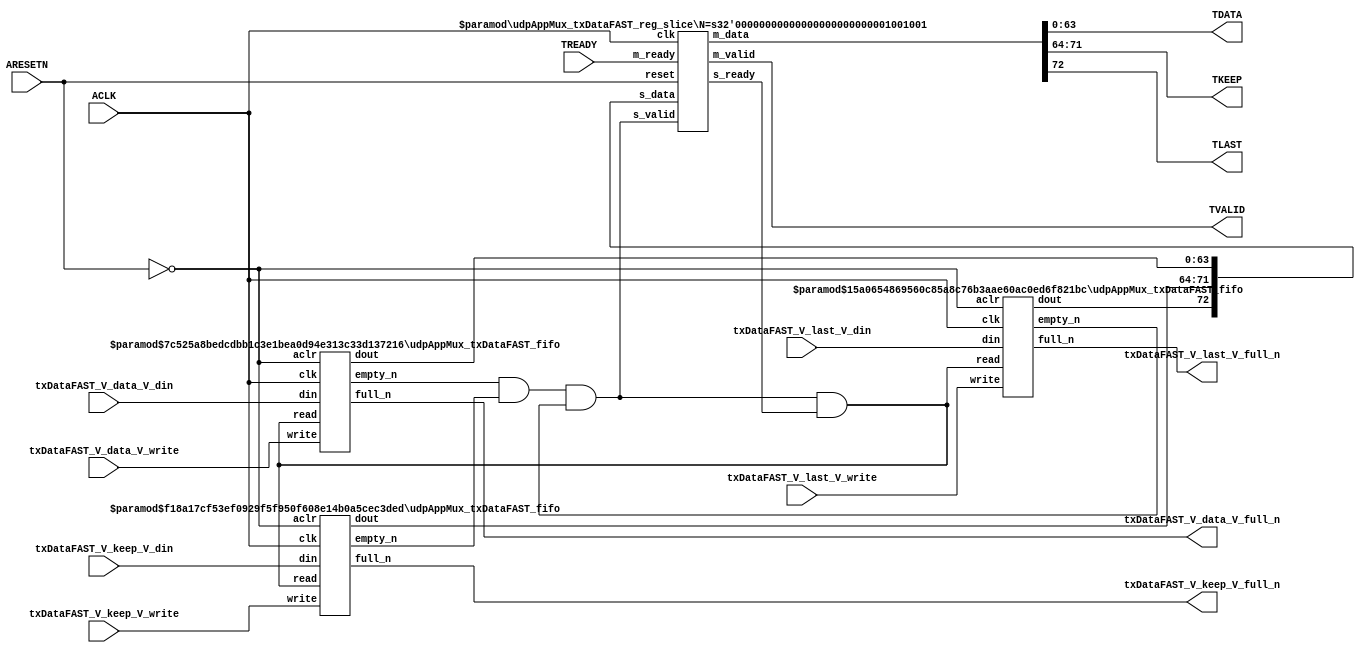
// ==============================================================
// File generated by Vivado(TM) HLS - High-Level Synthesis from C, C++ and SystemC
// Version: 2016.3
// Copyright (C) 1986-2016 Xilinx, Inc. All Rights Reserved.
// 
// ==============================================================


`timescale 1ns/1ps

module udpAppMux_txDataFAST_if (
    // AXI4-Stream singals
    input  wire        ACLK,
    input  wire        ARESETN,
    output wire        TVALID,
    input  wire        TREADY,
    output wire [63:0] TDATA,
    output wire [7:0]  TKEEP,
    output wire [0:0]  TLAST,
    // User signals
    input  wire [63:0] txDataFAST_V_data_V_din,
    output wire        txDataFAST_V_data_V_full_n,
    input  wire        txDataFAST_V_data_V_write,
    input  wire [7:0]  txDataFAST_V_keep_V_din,
    output wire        txDataFAST_V_keep_V_full_n,
    input  wire        txDataFAST_V_keep_V_write,
    input  wire [0:0]  txDataFAST_V_last_V_din,
    output wire        txDataFAST_V_last_V_full_n,
    input  wire        txDataFAST_V_last_V_write
);
//------------------------Local signal-------------------
// FIFO
wire [0:0]  fifo_read;
wire [0:0]  fifo_empty_n;
wire [63:0] txDataFAST_V_data_V_dout;
wire [0:0]  txDataFAST_V_data_V_empty_n;
wire [7:0]  txDataFAST_V_keep_V_dout;
wire [0:0]  txDataFAST_V_keep_V_empty_n;
wire [0:0]  txDataFAST_V_last_V_dout;
wire [0:0]  txDataFAST_V_last_V_empty_n;
// register slice
wire [0:0]  s_valid;
wire [0:0]  s_ready;
wire [72:0] s_data;
wire [0:0]  m_valid;
wire [0:0]  m_ready;
wire [72:0] m_data;

//------------------------Instantiation------------------
// rs
udpAppMux_txDataFAST_reg_slice #(
    .N       ( 73 )
) rs (
    .clk     ( ACLK ),
    .reset   ( ARESETN ),
    .s_data  ( s_data ),
    .s_valid ( s_valid ),
    .s_ready ( s_ready ),
    .m_data  ( m_data ),
    .m_valid ( m_valid ),
    .m_ready ( m_ready )
);

// txDataFAST_V_data_V_fifo
udpAppMux_txDataFAST_fifo #(
    .DATA_BITS  ( 64 ),
    .DEPTH_BITS ( 4 )
) txDataFAST_V_data_V_fifo (
    .clk        ( ACLK ),
    .aclr       ( ~ARESETN ),
    .empty_n    ( txDataFAST_V_data_V_empty_n ),
    .full_n     ( txDataFAST_V_data_V_full_n ),
    .read       ( fifo_read ),
    .write      ( txDataFAST_V_data_V_write ),
    .dout       ( txDataFAST_V_data_V_dout ),
    .din        ( txDataFAST_V_data_V_din )
);

// txDataFAST_V_keep_V_fifo
udpAppMux_txDataFAST_fifo #(
    .DATA_BITS  ( 8 ),
    .DEPTH_BITS ( 4 )
) txDataFAST_V_keep_V_fifo (
    .clk        ( ACLK ),
    .aclr       ( ~ARESETN ),
    .empty_n    ( txDataFAST_V_keep_V_empty_n ),
    .full_n     ( txDataFAST_V_keep_V_full_n ),
    .read       ( fifo_read ),
    .write      ( txDataFAST_V_keep_V_write ),
    .dout       ( txDataFAST_V_keep_V_dout ),
    .din        ( txDataFAST_V_keep_V_din )
);

// txDataFAST_V_last_V_fifo
udpAppMux_txDataFAST_fifo #(
    .DATA_BITS  ( 1 ),
    .DEPTH_BITS ( 4 )
) txDataFAST_V_last_V_fifo (
    .clk        ( ACLK ),
    .aclr       ( ~ARESETN ),
    .empty_n    ( txDataFAST_V_last_V_empty_n ),
    .full_n     ( txDataFAST_V_last_V_full_n ),
    .read       ( fifo_read ),
    .write      ( txDataFAST_V_last_V_write ),
    .dout       ( txDataFAST_V_last_V_dout ),
    .din        ( txDataFAST_V_last_V_din )
);

//------------------------Body---------------------------
//++++++++++++++++++++++++AXI4-Stream++++++++++++++++++++
assign TVALID = m_valid;
assign TDATA  = m_data[63:0];
assign TKEEP  = m_data[71:64];
assign TLAST  = m_data[72:72];

//+++++++++++++++++++++++++++++++++++++++++++++++++++++++

//++++++++++++++++++++++++Reigister Slice++++++++++++++++
assign s_valid = fifo_empty_n;
assign m_ready = TREADY;
assign s_data  = {txDataFAST_V_last_V_dout, txDataFAST_V_keep_V_dout, txDataFAST_V_data_V_dout};

//+++++++++++++++++++++++++++++++++++++++++++++++++++++++

//++++++++++++++++++++++++FIFO+++++++++++++++++++++++++++
assign fifo_read    = fifo_empty_n & s_ready;
assign fifo_empty_n = txDataFAST_V_data_V_empty_n & txDataFAST_V_keep_V_empty_n & txDataFAST_V_last_V_empty_n;

//+++++++++++++++++++++++++++++++++++++++++++++++++++++++

endmodule



`timescale 1ns/1ps

module udpAppMux_txDataFAST_fifo
#(parameter
    DATA_BITS  = 8,
    DEPTH_BITS = 4
)(
    input  wire                 clk,
    input  wire                 aclr,
    output wire                 empty_n,
    output wire                 full_n,
    input  wire                 read,
    input  wire                 write,
    output wire [DATA_BITS-1:0] dout,
    input  wire [DATA_BITS-1:0] din
);
//------------------------Parameter----------------------
localparam
    DEPTH = 1 << DEPTH_BITS;
//------------------------Local signal-------------------
reg                   empty;
reg                   full;
reg  [DEPTH_BITS-1:0] index;
reg  [DATA_BITS-1:0]  mem[0:DEPTH-1];
//------------------------Body---------------------------
assign empty_n = ~empty;
assign full_n  = ~full;
assign dout    = mem[index];

// empty
always @(posedge clk or posedge aclr) begin
    if (aclr)
        empty <= 1'b1;
    else if (empty & write & ~read)
        empty <= 1'b0;
    else if (~empty & ~write & read & (index==1'b0))
        empty <= 1'b1;
end

// full
always @(posedge clk or posedge aclr) begin
    if (aclr)
        full <= 1'b0;
    else if (full & read & ~write)
        full <= 1'b0;
    else if (~full & ~read & write & (index==DEPTH-2'd2))
        full <= 1'b1;
end

// index
always @(posedge clk or posedge aclr) begin
    if (aclr)
        index <= {DEPTH_BITS{1'b1}};
    else if (~empty & ~write & read)
        index <= index - 1'b1;
    else if (~full & ~read & write)
        index <= index + 1'b1;
end

// mem
always @(posedge clk) begin
    if (~full & write) mem[0] <= din;
end

genvar i;
generate
    for (i = 1; i < DEPTH; i = i + 1) begin : gen_sr
        always @(posedge clk) begin
            if (~full & write) mem[i] <= mem[i-1];
        end
    end
endgenerate

endmodule

`timescale 1ns/1ps

module udpAppMux_txDataFAST_reg_slice
#(parameter
    N = 8   // data width
) (
    // system signals
    input  wire         clk,
    input  wire         reset,
    // slave side
    input  wire [N-1:0] s_data,
    input  wire         s_valid,
    output wire         s_ready,
    // master side
    output wire [N-1:0] m_data,
    output wire         m_valid,
    input  wire         m_ready
);
//------------------------Parameter----------------------
// state
localparam [1:0]
    ZERO = 2'b10,
    ONE  = 2'b11,
    TWO  = 2'b01;
//------------------------Local signal-------------------
reg  [N-1:0] data_p1;
reg  [N-1:0] data_p2;
wire         load_p1;
wire         load_p2;
wire         load_p1_from_p2;
reg          s_ready_t;
reg  [1:0]   state;
reg  [1:0]   next;
//------------------------Body---------------------------
assign s_ready = s_ready_t;
assign m_data  = data_p1;
assign m_valid = state[0];

assign load_p1 = (state == ZERO && s_valid) ||
                 (state == ONE && s_valid && m_ready) ||
                 (state == TWO && m_ready);
assign load_p2 = s_valid & s_ready;
assign load_p1_from_p2 = (state == TWO);

// data_p1
always @(posedge clk) begin
    if (load_p1) begin
        if (load_p1_from_p2)
            data_p1 <= data_p2;
        else
            data_p1 <= s_data;
    end
end

// data_p2
always @(posedge clk) begin
    if (load_p2) data_p2 <= s_data;
end

// s_ready_t
always @(posedge clk) begin
    if (~reset)
        s_ready_t <= 1'b0;
    else if (state == ZERO)
        s_ready_t <= 1'b1;
    else if (state == ONE && next == TWO)
        s_ready_t <= 1'b0;
    else if (state == TWO && next == ONE)
        s_ready_t <= 1'b1;
end

// state
always @(posedge clk) begin
    if (~reset)
        state <= ZERO;
    else
        state <= next;
end

// next
always @(*) begin
    case (state)
        ZERO:
            if (s_valid & s_ready)
                next = ONE;
            else
                next = ZERO;
        ONE:
            if (~s_valid & m_ready)
                next = ZERO;
            else if (s_valid & ~m_ready)
                next = TWO;
            else
                next = ONE;
        TWO:
            if (m_ready)
                next = ONE;
            else
                next = TWO;
        default:
            next = ZERO;
    endcase
end

endmodule